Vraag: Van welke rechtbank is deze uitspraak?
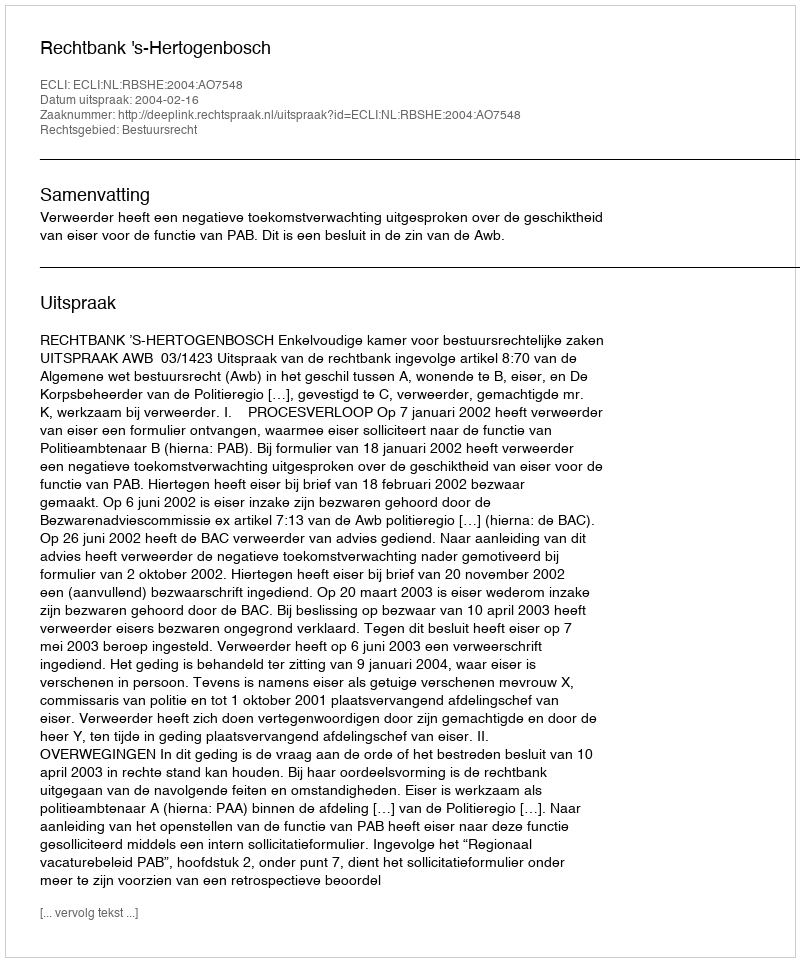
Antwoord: Rechtbank 's-Hertogenbosch